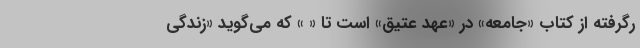
رگرفته از کتاب «جامعه» در «عهد عتیق» است تا « » که می‌گوید «زندگی